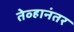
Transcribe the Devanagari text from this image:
तेव्हानंतर